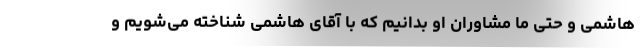
هاشمی و حتی ما مشاوران او بدانیم که با آقای هاشمی شناخته می‌شویم و